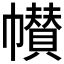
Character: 𱜺